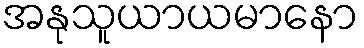
အနုသူယာယမာနော